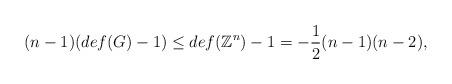
LaTeX: \begin{align*}(n-1)(def(G)-1)\leq{def(\mathbb{Z}^n)-1}=-\frac12(n-1)(n-2),\end{align*}